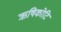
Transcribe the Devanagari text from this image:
ऋषिकोटि